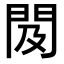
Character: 𨳛